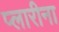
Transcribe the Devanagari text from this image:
प्लारीना